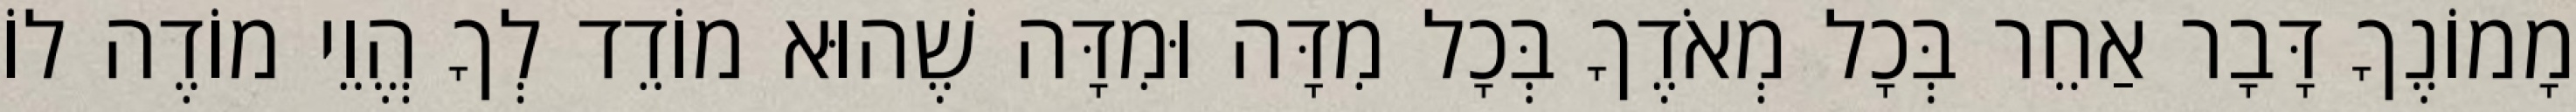
מָמוֹנֶךָ דָּבָר אַחֵר בְּכָל מְאֹדֶךָ בְּכָל מִדָּה וּמִדָּה שֶׁהוּא מוֹדֵד לְךָ הֱוֵי מוֹדֶה לוֹ